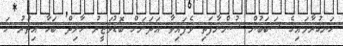
ހަނގުރާމައިގެ ސަބަބުން ސުންނާފަތި ވެފައިވާ އަދަނަށް ބޮޑުވަޒީރު ހާލިދް ބަހާ އިތުރު ހަ